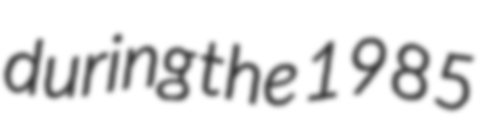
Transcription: during the 1985